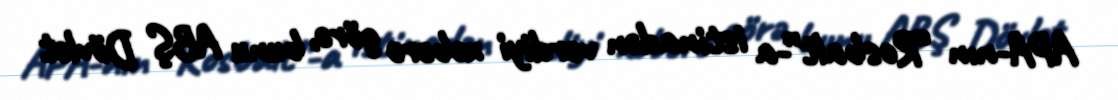
APA-nın “Rosbalt”-a istinadən verdiyi xəbərə görə, bunu ABŞ Dövlət